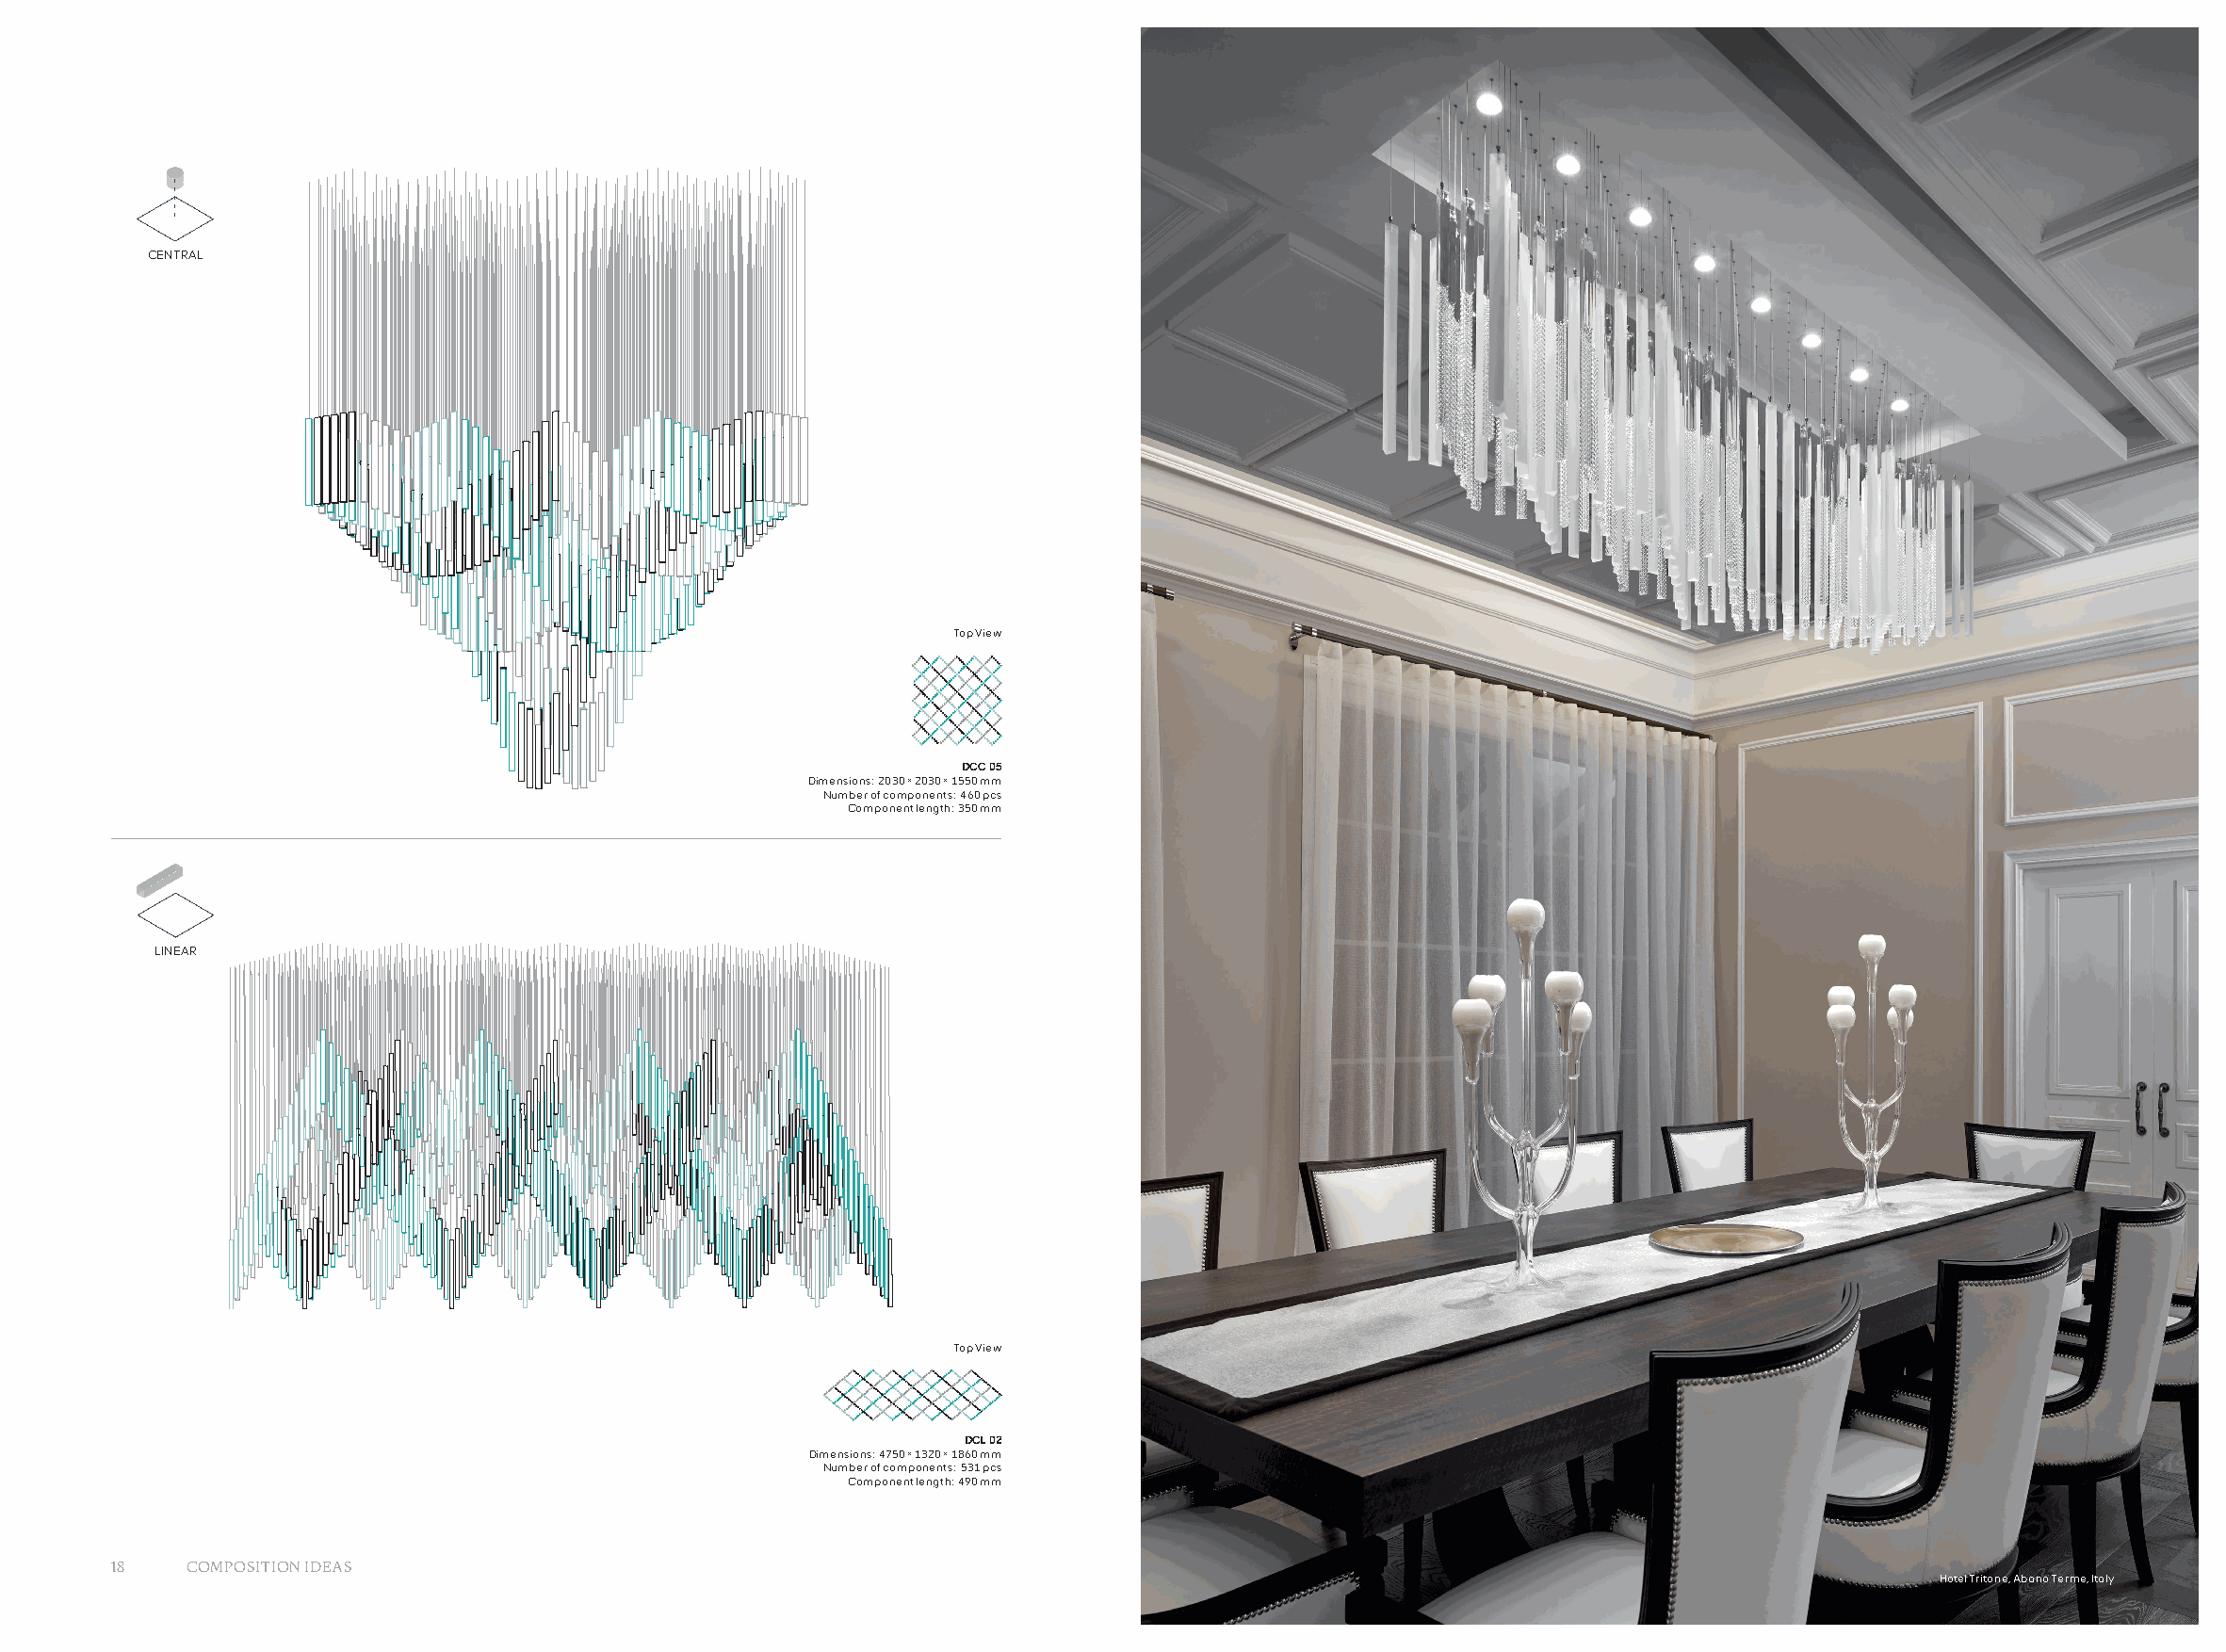
CENTRAL
 Top View
 DCC 05
 Dimensions: 2030 × 2030 × 1550 mm
 Number of components: 460 pcs
 Component length: 350 mm
 LINEAR
 Top View
 DCL 02
 Dimensions: 4750 × 1320 × 1860 mm
 Number of components: 531 pcs
 Component length: 490 mm
 18   COMPOSITION IDEAS
 Hotel Tritone, Abano Terme, Italy